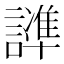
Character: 𲁸